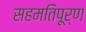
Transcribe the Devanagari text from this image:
सहमतिपूर्ण